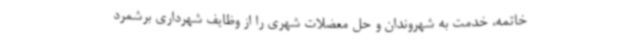
خاتمه، خدمت به شهروندان و حل معضلات شهری را از وظایف شهرداری برشمرد